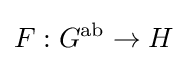
F:G^{\operatorname {ab} }\to H